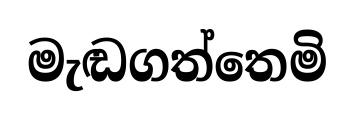
මැඬගත්තෙමි